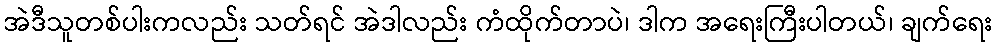
အဲဒီသူတစ်ပါးကလည်း သတ်ရင် အဲဒါလည်း ကံထိုက်တာပဲ၊ ဒါက အရေးကြီးပါတယ်၊ ချက်ရေး